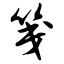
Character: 笺